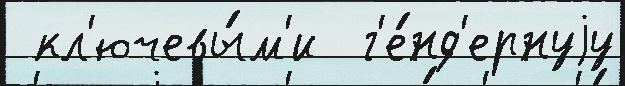
 кл'ючевы́м'и  г'е́нд'ернуjу